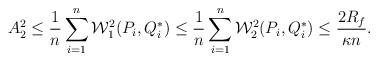
\begin{align*}A_2^2 \le \frac{1}{n}\sum_{i=1}^n\mathcal{W}_1^2(P_i,Q^*_i) \le \frac{1}{n}\sum_{i=1}^n\mathcal{W}_2^2(P_i,Q^*_i) \le \frac{2R_f}{\kappa n}.\end{align*}